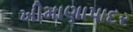
ખીમાણાપાદર